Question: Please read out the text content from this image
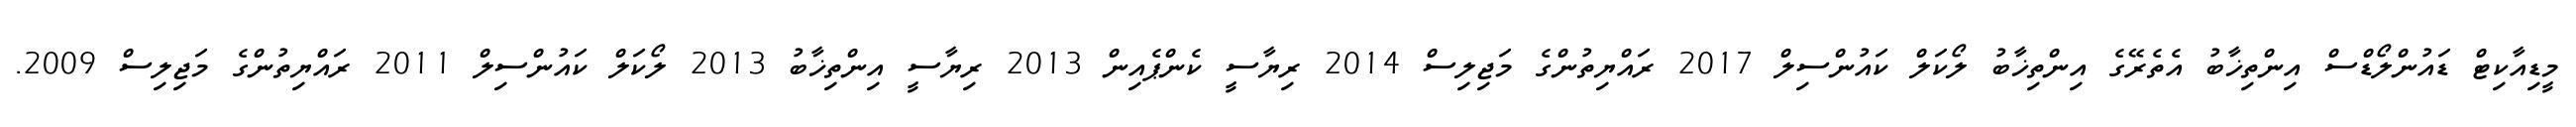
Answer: މީޑިއާކިޓް ޑައުންލޯޑްސް އިންތިޚާބު އެތެރޭގެ އިންތިޚާބު ލޯކަލް ކައުންސިލް 2017 ރައްޔިތުންގެ މަޖިލިސް 2014 ރިޔާސީ ކެންޕެއިން 2013 ރިޔާސީ އިންތިޚާބު 2013 ލޯކަލް ކައުންސިލް 2011 ރައްޔިތުންގެ މަޖިލިސް 2009.